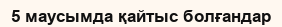
5 маусымда қайтыс болғандар